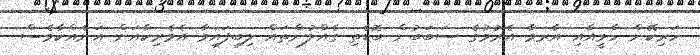
ހަރިކޭން ހާވީއާއި އާރމާ އެރުމުގެ ސަބަބުން ބޮޑެތި ގެއްލުންތައް ލިބިފައިވާ އެމެރިކާއަށް އަނެއްކާވެސް